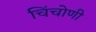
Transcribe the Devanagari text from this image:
चिंचोणी